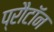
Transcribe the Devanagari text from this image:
प्रौटॉन